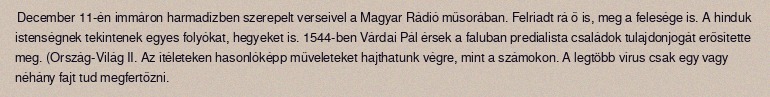
December 11-én immáron harmadízben szerepelt verseivel a Magyar Rádió műsorában. Felriadt rá ő is, meg a felesége is. A hinduk istenségnek tekintenek egyes folyókat, hegyeket is. 1544-ben Várdai Pál érsek a faluban predialista családok tulajdonjogát erősítette meg. (Ország-Világ II. Az ítéleteken hasonlóképp műveleteket hajthatunk végre, mint a számokon. A legtöbb vírus csak egy vagy néhány fajt tud megfertőzni.